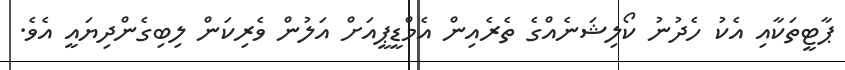
ޕާޓީތަކާއި އެކު ހެދުނު ކޯލިޝަނެއްގެ ތެރެއިން އެމްޑީޕީއަށް އަލުން ވެރިކަން ލިބިގެންދިޔައީ އެވެ.